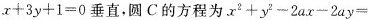
$$x+3y+1=0$$垂直，圆C的方程为$$x^{2}+y^{2}-2ax-2ay=$$